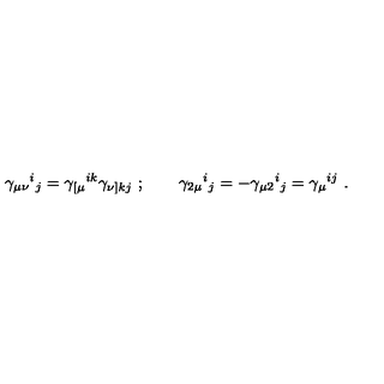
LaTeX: \gamma _ { \mu \nu } { } ^ { i } { } _ { j } = \gamma _ { [ \mu } { } ^ { i k } \gamma _ { \nu ] k j } \ ; \qquad \gamma _ { 2 \mu } { } ^ { i } { } _ { j } = - \gamma _ { \mu 2 } { } ^ { i } { } _ { j } = \gamma _ { \mu } { } ^ { i j } \ .